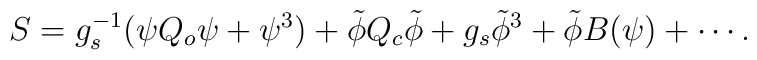
S=g_s^{-1}(\psi Q_o \psi + \psi^3)+ \tilde{\phi} Q_c \tilde{\phi} + g_s \tilde{\phi}^3+ \tilde{\phi}B(\psi)+\cdots.